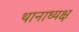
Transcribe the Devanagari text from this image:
थानाध्यक्ष